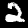
Digit: 2